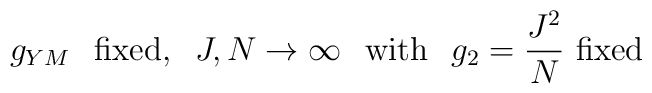
g_{YM}\hspace{0.3cm}\mbox{fixed,}\hspace{0.3cm}J,N\rightarrow \infty\hspace{0.3cm}\mbox{with}\hspace{0.3cm}g_2=\frac{J^2}{N} \mbox{ fixed}